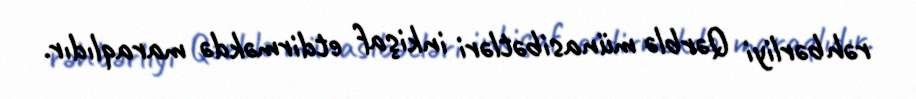
rəhbərliyi Qərblə münasibətləri inkişaf etdirməkdə maraqlıdır.